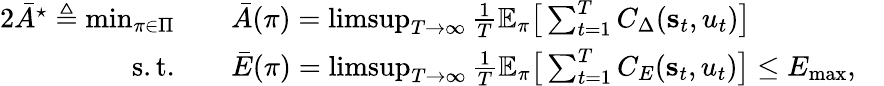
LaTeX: \begin{array}{rlr}{{2}\bar{A}^{\star}\triangleq\operatorname*{min}_{\pi\in\Pi}\quad}&{\bar{A}(\pi)=\operatorname*{limsup}_{T\rightarrow\infty}\frac{1}{T}\mathbb{E_{\pi}}\big[\sum_{t=1}^{T}C_{\Delta}(\mathbf{s}_{t},u_{t})\big]}&\\ {\mathrm{s.t.}\quad}&{\bar{E}(\pi)=\operatorname*{limsup}_{T\rightarrow\infty}\frac{1}{T}\mathbb{E_{\pi}}\big[\sum_{t=1}^{T}C_{E}(\mathbf{s}_{t},u_{t})\big]\leq E_{\mathrm{max}},}&\end{array}